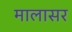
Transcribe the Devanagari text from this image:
मालासर